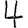
Digit: 4